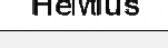
Helvtius